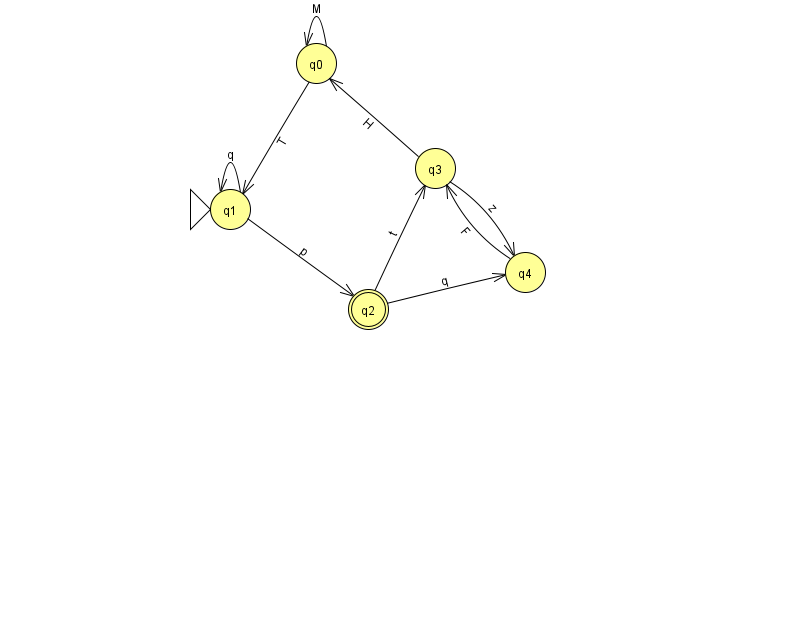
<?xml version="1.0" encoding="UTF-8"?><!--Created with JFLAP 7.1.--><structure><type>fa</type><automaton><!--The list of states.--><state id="0" name="q0"><x>316.0</x><y>50.0</y></state><state id="1" name="q1"><x>230.0</x><y>196.0</y><initial/></state><state id="2" name="q2"><x>368.0</x><y>296.0</y><final/></state><state id="3" name="q3"><x>435.0</x><y>155.0</y></state><state id="4" name="q4"><x>525.0</x><y>259.0</y></state><!--The list of transitions.--><transition><from>1</from><to>1</to><read>q</read></transition><transition><from>3</from><to>4</to><read>z</read></transition><transition><from>2</from><to>4</to><read>q</read></transition><transition><from>3</from><to>0</to><read>H</read></transition><transition><from>0</from><to>1</to><read>T</read></transition><transition><from>1</from><to>2</to><read>p</read></transition><transition><from>2</from><to>3</to><read>t</read></transition><transition><from>0</from><to>0</to><read>M</read></transition><transition><from>4</from><to>3</to><read>F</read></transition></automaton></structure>